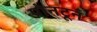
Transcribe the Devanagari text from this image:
पोनटून